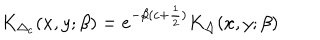
LaTeX: K _ { \Delta _ { c } } ( x , y ; \beta ) = e ^ { - \beta ( c + { \frac { 1 } { 2 } } ) } K _ { \Delta } ( x , y ; \beta )